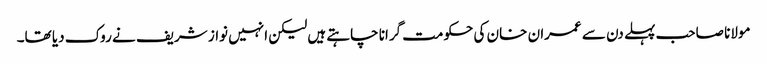
مولانا صاحب پہلے دن سے عمران خان کی حکومت گرانا چاہتے ہیں لیکن انہیں نواز شریف نے روک دیا تھا۔